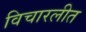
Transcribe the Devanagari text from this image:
विचारलीत